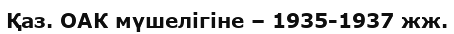
Қаз. ОАК мүшелігіне – 1935-1937 жж.